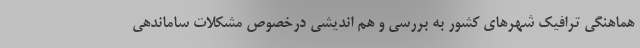
هماهنگی ترافیک شهرهای کشور به بررسی و هم اندیشی درخصوص مشکلات ساماندهی